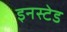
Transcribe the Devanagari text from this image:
इनस्टेड